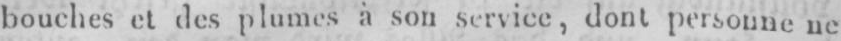
bouches et des plumes à son service,dont personne ne